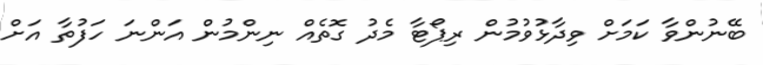
ބޭނުންވާ ކަމަށް ވިދާޅުވުމުން ރިޕޯޓާ މެދު ގޮތެއް ނިންމުން އަންނަ ހަފުތާ އަށް